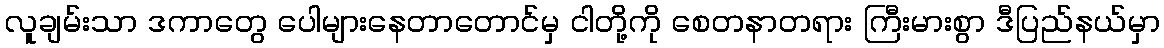
လူချမ်းသာ ဒကာတွေ ပေါများနေတာတောင်မှ ငါတို့ကို စေတနာတရား ကြီးမားစွာ ဒီပြည်နယ်မှာ